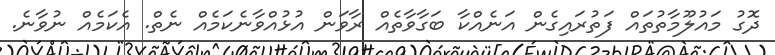
ދޮގު މައުލޫމާތުތައް ފަތުރައިގެން އަނެއްކާ ބަގާވާތެއް ރާވަން އުޅުއްވާނެކަމެއް ނެތް. އެކަމެއް ނުވާނެ.